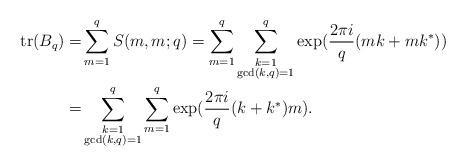
LaTeX: \begin{align*}\mathrm{tr} (B_q) = & \sum_{m=1}^q S(m,m;q)= \sum_{m=1}^q \sum_{\substack{k=1 \\ \gcd(k,q)=1}}^q \exp (\frac{2 \pi i }{q} (mk+mk^*)) \\= & \sum_{\substack{k=1 \\ \gcd(k,q)=1}}^q \sum_{m=1}^q \exp (\frac{2 \pi i }{q} (k+k^*)m) . \end{align*}